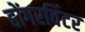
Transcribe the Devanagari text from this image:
होंगरविंटर